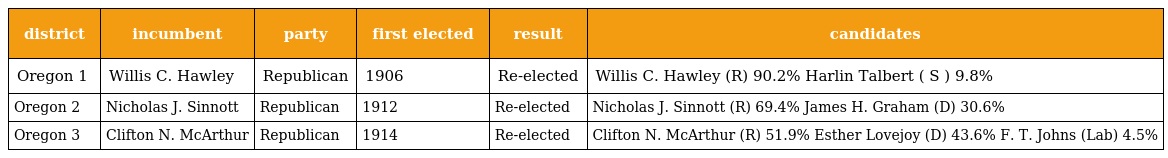
| district | incumbent | party | first elected | result | candidates |
 | --- | --- | --- | --- | --- | --- |
 | Oregon 1 | Willis C. Hawley | Republican | 1906 | Re-elected | Willis C. Hawley (R) 90.2% Harlin Talbert ( S ) 9.8% |
 | Oregon 2 | Nicholas J. Sinnott | Republican | 1912 | Re-elected | Nicholas J. Sinnott (R) 69.4% James H. Graham (D) 30.6% |
 | Oregon 3 | Clifton N. McArthur | Republican | 1914 | Re-elected | Clifton N. McArthur (R) 51.9% Esther Lovejoy (D) 43.6% F. T. Johns (Lab) 4.5% |